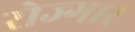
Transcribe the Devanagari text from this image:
रोज्गार